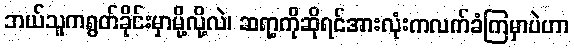
ဘယ်သူကရွတ်ခိုင်းမှာမို့လို့လဲ၊ ဆရာ့ကိုဆိုရင်အားလုံးကလက်ခံကြမှာပဲဟာ